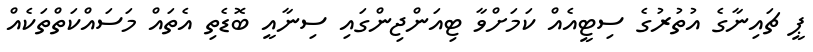
ޕީ ޗައިނާގެ އުތުރުގެ ސިޓީއެއް ކަމަށްވާ ޓިއަންޖިންގައި ސިނާއީ ބޮޑެތި އެތައް މަސައްކަތްތަކެއް